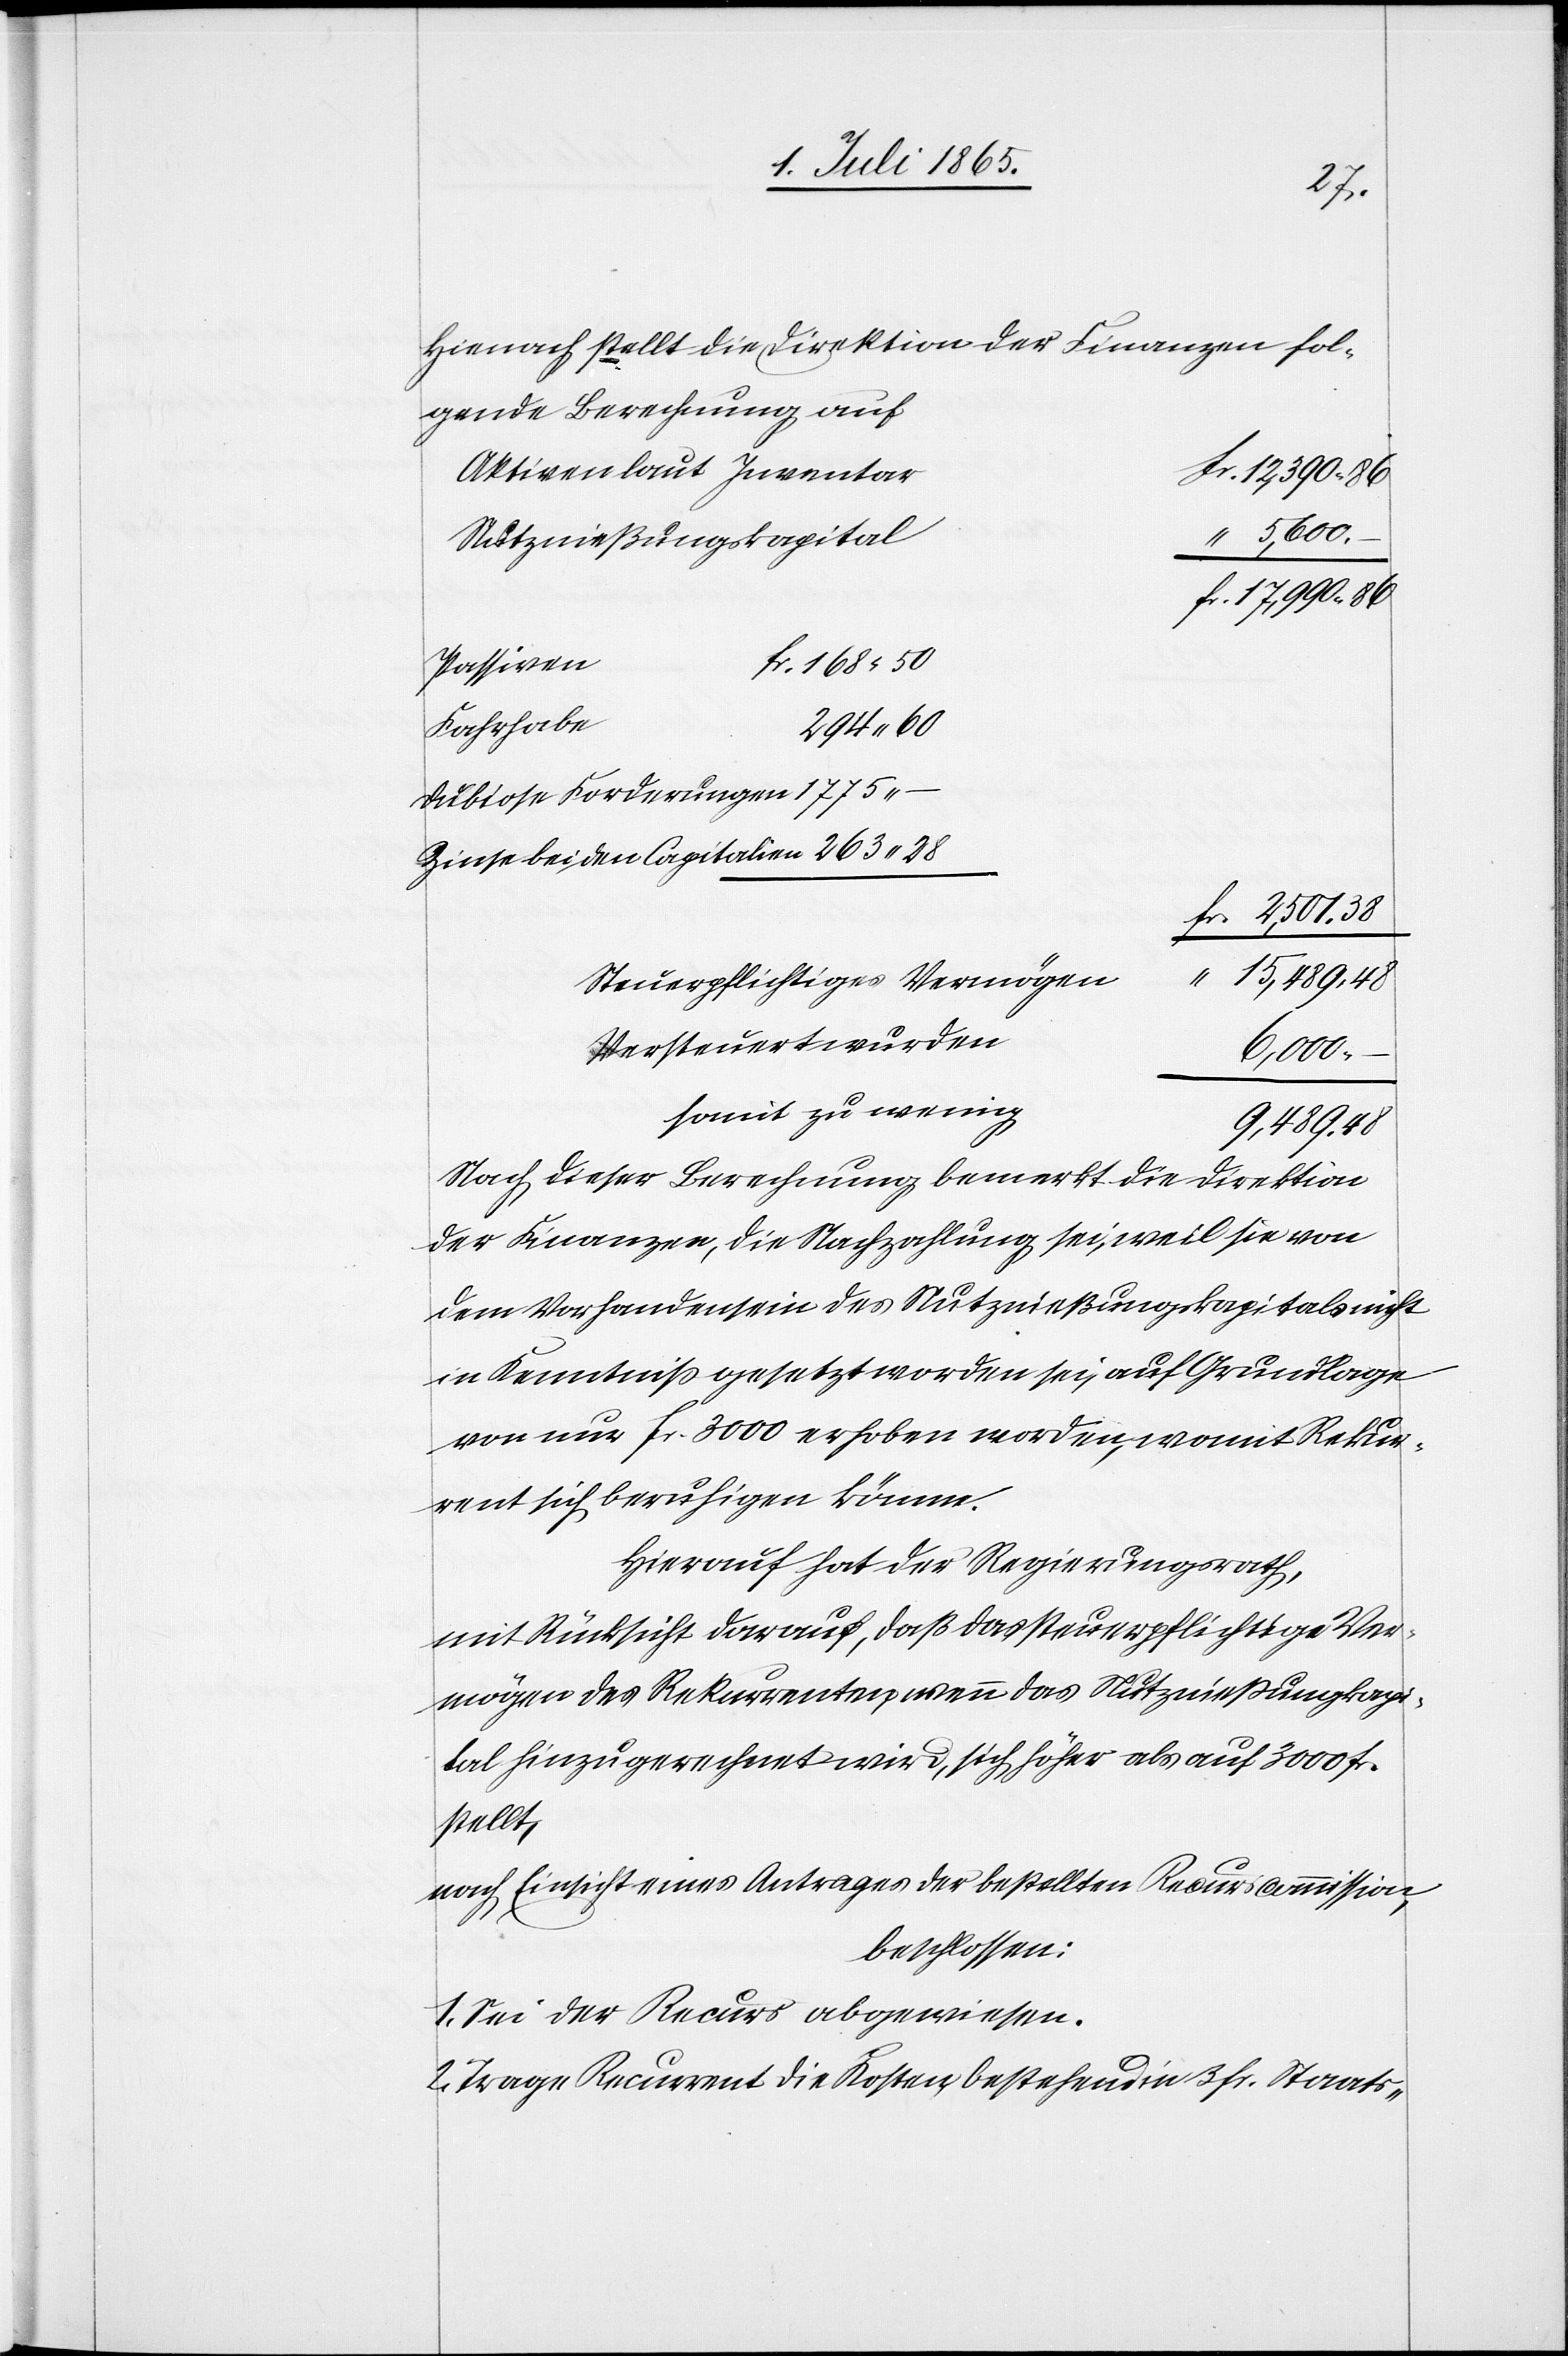
2.
Hienach stellt die Direktion der Finanzen fol¬
gende Berechnung auf
Aktiven laut Inventar
Nutznießungskapital
Passiven
Fahrhabe
–
dubiose Forderungen
Zinse bei den Capitalien
Steuerpflichtiges Vermögen
Versteuert wurden
15,489
somit zu wenig
9,489.
Nach dieser Berechnung bemerkt die Direktion
der Finanzen, die Nachzahlung sei, weil sie von
dem Vorhandensein des Nutznießungskapitals nicht
in Kenntniß gesetzt worden sei, auf Grundlage
von nur fr. 3000 erhoben worden, womit Rekur¬
rent sich beruhigen könne.
Hierauf hat der Regierungsrath,
mit Rücksicht darauf, daß das steuerpflichtige Ver¬
mögen des Rekurrenten, wenn das Nutznießungskapi¬
tal hinzu gerechnet wird, sich höher als auf 3000 fr.
stellt,
nach Einsicht eines Antrages der bestellten Recurscommission,
beschlossen:
1. Sei der Recurs abgewiesen.
Trage Recurrent die Kosten, bestehend in 3 fr. Staats-